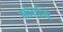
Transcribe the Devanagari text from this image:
मोर्चाने